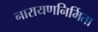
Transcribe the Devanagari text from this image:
नारायणनिर्मिता